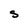
Character: S